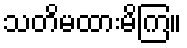
သတိမထားမိကြ။